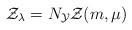
LaTeX: \begin{align*}\mathcal{Z}_\lambda =N_\mathcal{Y} \mathcal{Z}(m,\mu)\end{align*}